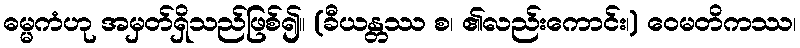
ဓမ္မကံဟု အမှတ်ရှိသည်ဖြစ်၍။ (ခီယန္တဿ စ၊ ၏လည်းကောင်း၊) ဝေမတိကဿ၊